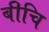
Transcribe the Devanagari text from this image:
बीचि